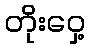
တိုးဝှေ့